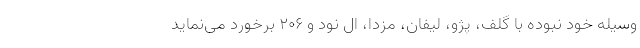
وسیله خود نبوده با گلف، پژو، لیفان، مزدا، ال نود و ۲۰۶ برخورد می‌نماید